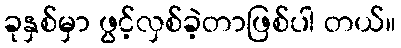
ခုနှစ်မှာ ဖွင့်လှစ်ခဲ့တာဖြစ်ပါ တယ်။